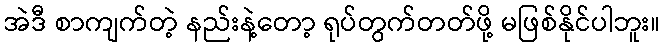
အဲဒီ စာကျက်တဲ့ နည်းနဲ့တော့ ရုပ်တွက်တတ်ဖို့ မဖြစ်နိုင်ပါဘူး။